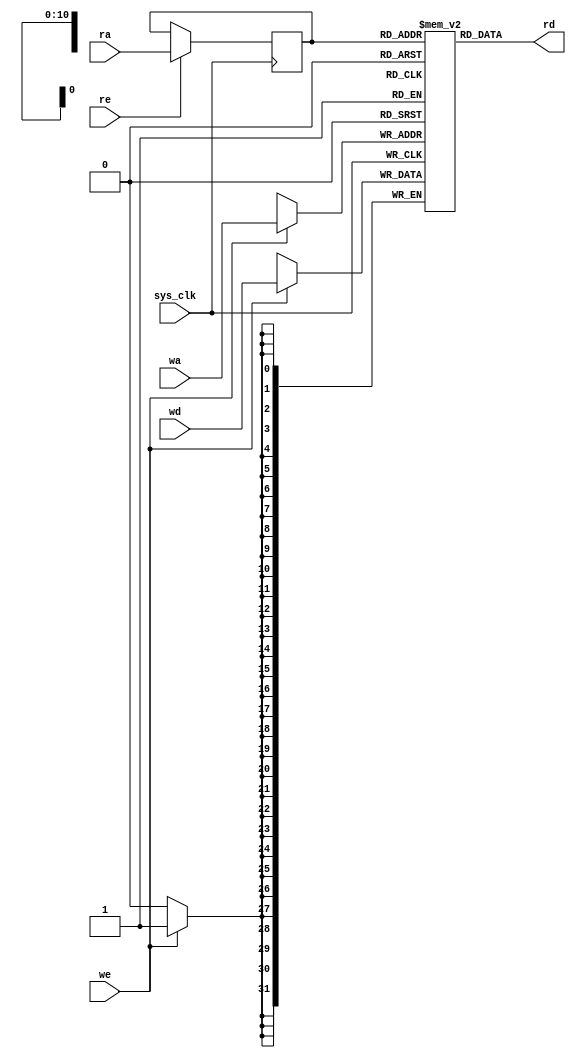
module tmu2_dpram #(
	parameter depth = 11, /* < log2 of the capacity in words */
	parameter width = 32
) (
	input sys_clk,

	input [depth-1:0] ra,
	input re,
	output [width-1:0] rd,

	input [depth-1:0] wa,
	input we,
	input [width-1:0] wd
);

reg [width-1:0] ram[0:(1 << depth)-1];

reg [depth-1:0] rar;

always @(posedge sys_clk) begin
	if(re)
		rar <= ra;
	if(we)
		ram[wa] <= wd;
end

assign rd = ram[rar];


// synthesis translate_off

integer i;
initial begin
	for(i=0;i<(1 << depth);i=i+1)
		ram[i] = 0;
end

// synthesis translate_on

endmodule